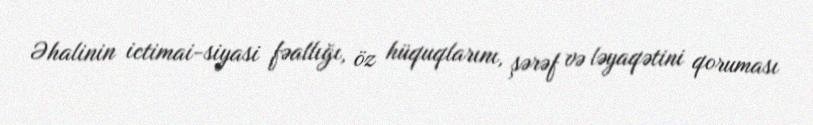
Əhalinin ictimai-siyasi fəallığı, öz hüquqlarını, şərəf və ləyaqətini qoruması